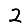
Digit: 2